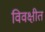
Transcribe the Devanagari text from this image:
विवक्षीत